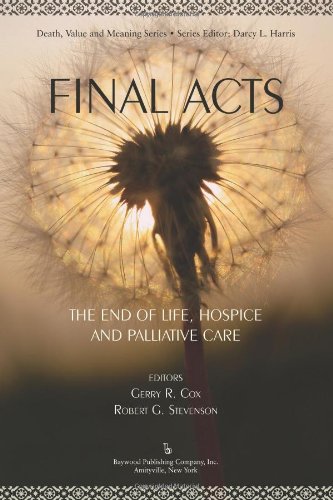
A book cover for Final Acts: The End of Life, Hospice and Palliative Care (Death, Value, and Meaning Series); Gerry R. Cox; Self-Help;